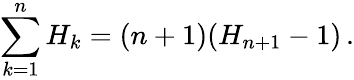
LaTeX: \sum_{k=1}^{n}{H_{k}}=(n+1)(H_{n+1}-1)\, .